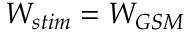
W _ { s t i m } = W _ { G S M }